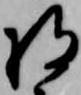
将